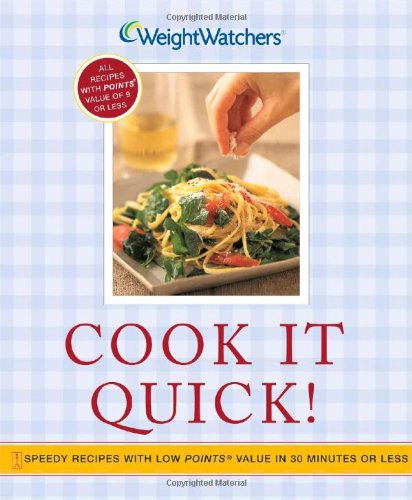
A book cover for Cook It Quick!: Speedy Recipes with Low POINTS Value in 30 Minutes or Less; Weight Watchers; Health, Fitness & Dieting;